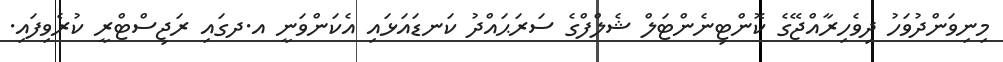
މިނިވަންދުވަހު ދިވެހިރާއްޖޭގެ ކޮންޓިނެންޓަލް ޝެލްފްގެ ސަރަޙައްދު ކަނޑައަޅައި އެކަންވަނީ އ.ދގައި ރަޖިސްޓްރީ ކުރެވިފައި.